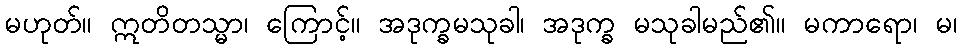
မဟုတ်။ ဣတိတသ္မာ၊ ကြောင့်။ အဒုက္ခမသုခါ၊ အဒုက္ခ မသုခါမည်၏။ မကာရော၊ မ၊